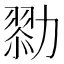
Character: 𠢯